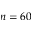
n = 6 0